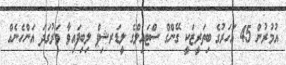
އުމުރުން 45 އަހަރުގެ ބިތަރީޒަކީ ގޭންގް ސްޓައިލްގެ ލީޑަރޝިޕް ލިބިފައިވާ ވަރުގަދަ އަންހެނެއް